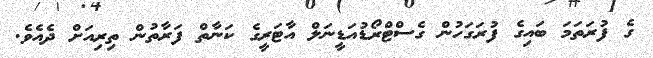
ގެ ފުރަތަމަ ބައިގެ ފުރަގަހުން ގެސްޓްރޯޑުއަޑީނަލް އާޓަރީގެ ކަނާތް ފަރާތުން ތިރިއަށް ދެއެވެ.